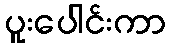
ပူးပေါင်းကာ